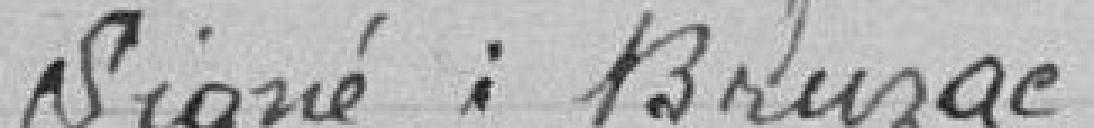
signé: Bruzac